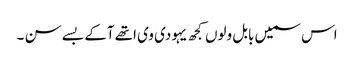
اس سمیں بابل ولوں کجھ یہودی وی اتھے آکے بسے سن ۔